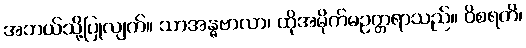
အဘယ်သို့ပြုလျက်။ သာအန္ဓဗာလာ၊ ထိုအမိုက်မဥတ္တရာသည်။ ဝိစရတိ၊